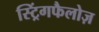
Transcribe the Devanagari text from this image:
स्ट्रिंगफैलोज़